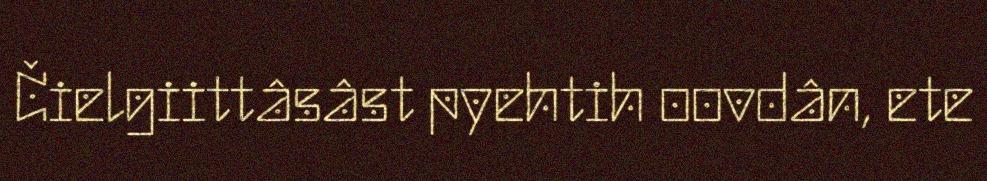
Čielgiittâsâst pyehtih oovdân, ete